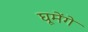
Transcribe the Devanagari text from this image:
घूमेंगे